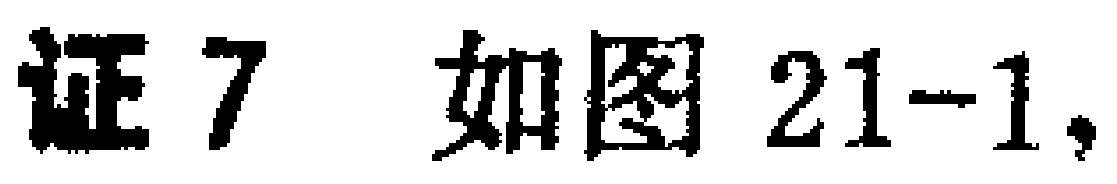
证7 如图21-1,